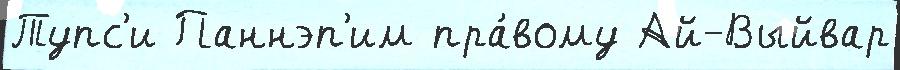
Тупс'и Паннэп'им пра́вому Ай-Выйвар